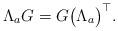
LaTeX: \begin{align*}\Lambda_a G&= G \big(\Lambda_a\big)^\top.\end{align*}